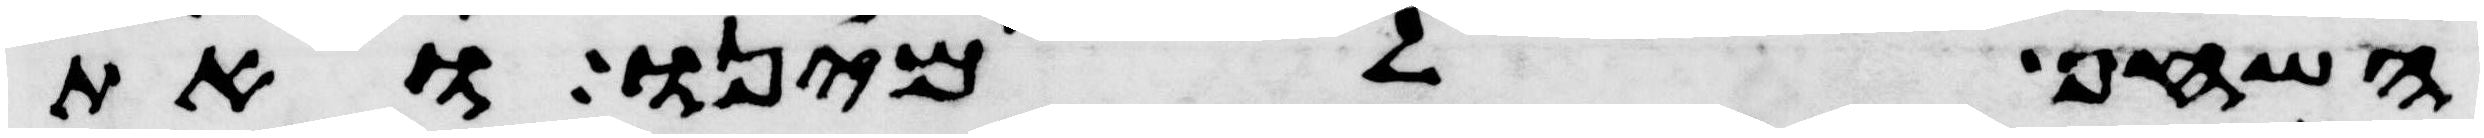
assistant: השחף למינו ואת